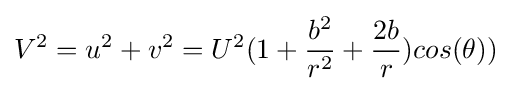
V^{2}=u^{2}+v^{2}=U^{2}(1+{\frac {b^{2}}{r^{2}}}+{\frac {2b}{r}})cos(\theta ))